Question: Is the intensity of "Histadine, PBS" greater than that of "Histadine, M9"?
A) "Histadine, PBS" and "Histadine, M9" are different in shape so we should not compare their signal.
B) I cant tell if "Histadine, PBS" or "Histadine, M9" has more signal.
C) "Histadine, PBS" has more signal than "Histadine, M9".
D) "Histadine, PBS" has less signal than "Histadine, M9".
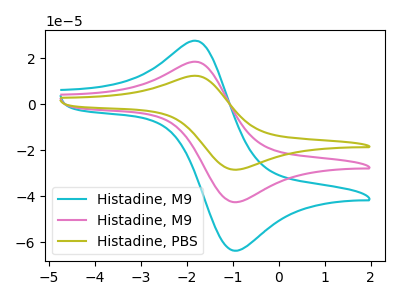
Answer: <think>The cyan curve "Histadine, M9" has an anodic peak at (-1.75V, 36.55uA) and a cathodic peak at (-0.95V, -85.15uA). The pink curve "Histadine, M9" has an anodic peak at (-1.75V, 18.30uA) and a cathodic peak at (-0.95V, -42.60uA). The olive curve "Histadine, PBS" has an anodic peak at (-1.75V, 12.25uA) and a cathodic peak at (-0.95V, -28.50uA).
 All the peaks in "Histadine, PBS" have a peak in "Histadine, M9" at the same potential. Every peak in "Histadine, PBS" is lower than every peak in "Histadine, M9".</think>
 <answer>D) "Histadine, PBS" has less signal than "Histadine, M9".</answer>
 <eval>D</eval>